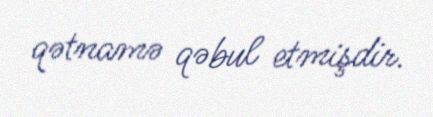
qətnamə qəbul etmişdir.